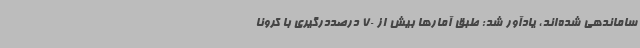
ساماندهی شده‌اند، یادآور شد: طبق آمارها بیش از 70 درصددرگیری با کرونا